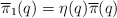
\begin{align*}\overline{\pi}_1(q) = \eta(q) \overline{\pi}(q) \end{align*}